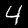
Label: 4